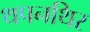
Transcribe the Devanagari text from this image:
थपनथिर